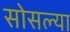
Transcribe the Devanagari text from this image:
सोसल्या